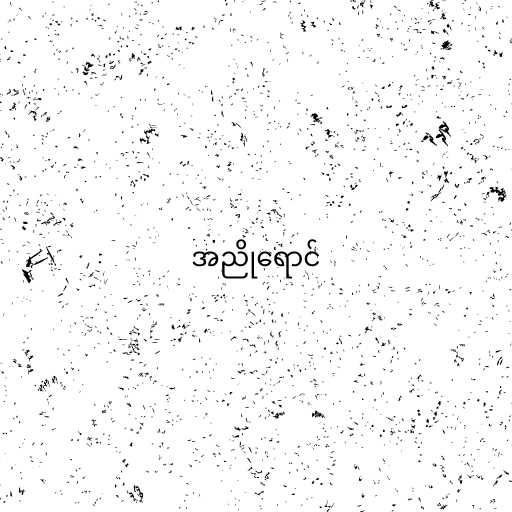
အညိုရောင်